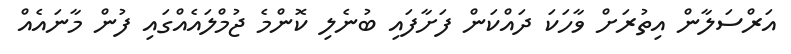
އަރްސަލާން އިތުރަށް ވާހަކަ ދައްކަން ފަށާފައި ބުނެލި ކޮންމެ ޖުމްލައެއްގައި ފުން މާނައެއް